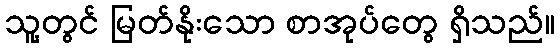
သူ့တွင် မြတ်နိုးသော စာအုပ်တွေ ရှိသည်။